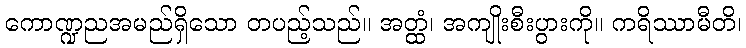
ကောဏ္ဍညအမည်ရှိသော တပည့်သည်။ အတ္ထံ၊ အကျိုးစီးပွားကို။ ကရိဿာမီတိ၊